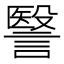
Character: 𧫦